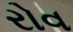
રોવ